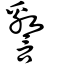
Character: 譥